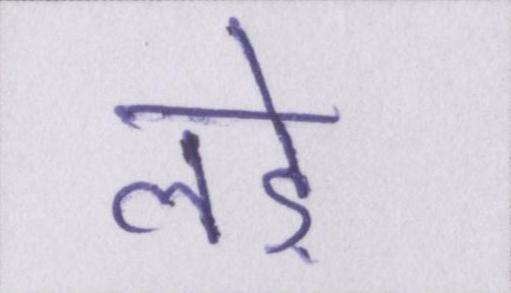
लड़े